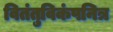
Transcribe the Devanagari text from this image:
वितंतुविकंपनित्र